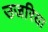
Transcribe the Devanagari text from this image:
उजरिया